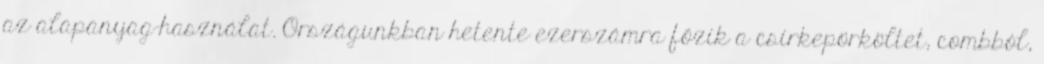
az alapanyag-használat. Országunkban hetente ezerszámra főzik a csirkepörköltet, combból,